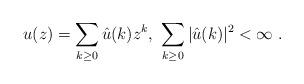
LaTeX: \begin{align*} u(z)=\sum\limits_{k\ge0}\hat{u}(k)z^k,\ \sum\limits_{k\ge0}|\hat{u}(k)|^2<\infty\ .\end{align*}